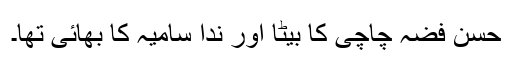
حسن فضہ چاچی کا بیٹا اور ندا سامیہ کا بھائی تھا۔